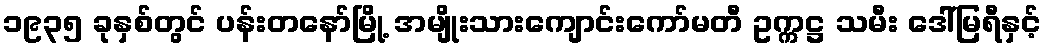
၁၉၃၅ ခုနှစ်တွင် ပန်းတနော်မြို့ အမျိုးသားကျောင်းကော်မတီ ဥက္ကဋ္ဌ သမီး ဒေါ်မြရီနှင့်